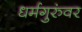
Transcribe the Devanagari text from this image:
धर्मगुरुंवर